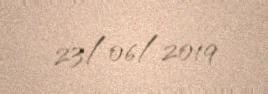
23/06/2019